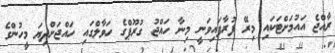
ރާއްޖެ އައުމަށްޓަކައި މިރޭ ފުރާފައިވަނީ މިނާ ހައްޖު ގުރޫޕްގެ ހަވާލްގައި ހައްޖަށްދިޔަ މީހުންގެ